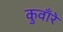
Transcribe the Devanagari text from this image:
कुवाँरे